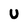
Character: U